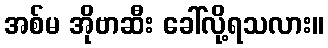
အစ်မ အိုဗာဆီး ခေါ်လို့ရသလား။